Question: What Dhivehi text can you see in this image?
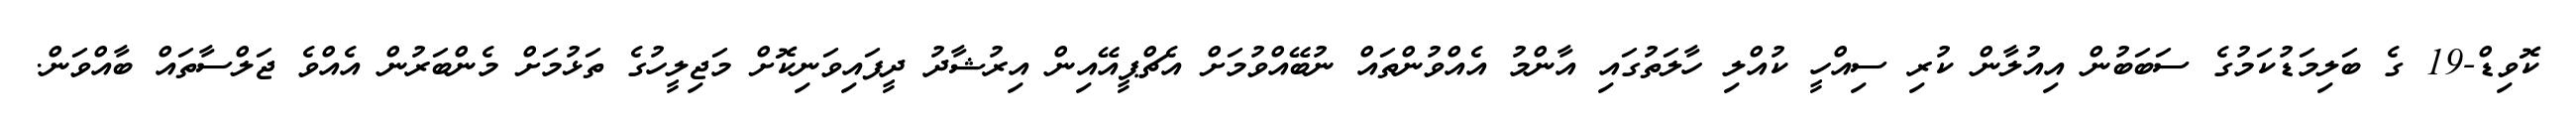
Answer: ކޮވިޑް-19 ގެ ބަލިމަޑުކަމުގެ ސަބަބުން އިއުލާން ކުރި ސިއްހީ ކުއްލި ހާލަތުގައި އާންމު އެއްވުންތައް ނުބޭއްވުމަށް އެޗްޕީއޭއިން އިރުޝާދު ދީފައިވަނިކޮށް މަޖިލީހުގެ ތަޅުމަށް މެންބަރުން އެއްވެ ޖަލްސާތައް ބާއްވަން.